Civil Veterinary Dept. North-West Frontier Province 1901-22 - 1901-1922
Year: 1901
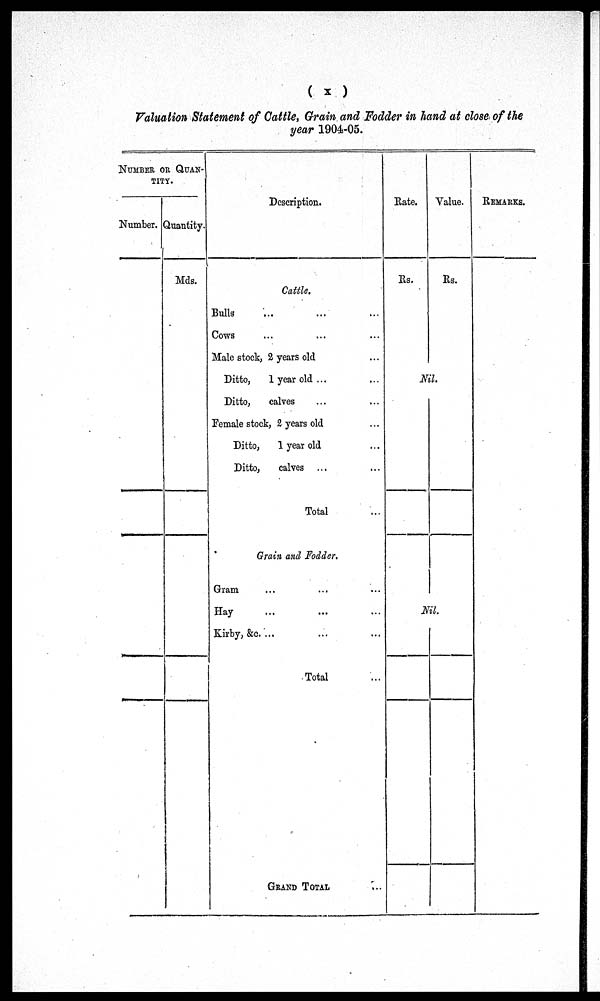
(x)
Valuation Statement of Cattle, Chain and Fodder in hand at close of the
year 1904-05.
NUMBER OF QUAN-
TITY.
Number. Quantity.
Mds.
Description.
Cattle.
Bulls ... ... ...
Cows ... ... ...
Male stock, 2 years old ...
Ditto,
1 year old ...
Ditto,
calves ... ...
Female stock, 2 years old ...
Ditto,
1 year old ...
Ditto,
calves ... ...
Total ...
Grain and Fodder,
Gram ... ... ...
Hay ... ... ...
Kirby, &c. ... ... ...
Total ...
GRAND TOTAL ...
Rate.
Rs.
Value.
Rs.
Nil.
Nil.
REMARKS.